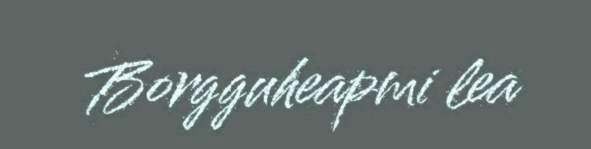
Borgguheapmi lea